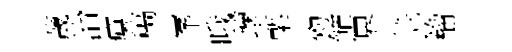
薉治癘稿峯哦壞槧勑飾界笠籕